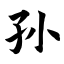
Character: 孙